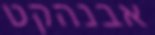
אבנהקט